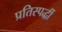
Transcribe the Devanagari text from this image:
प्रतिस्पर्द्धी